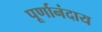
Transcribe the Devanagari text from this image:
पूर्णानंदाय